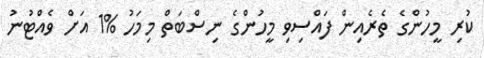
ކުރި މީހުންގެ ތެރެއިން ފައްސިވި މީހުންގެ ނިސްބަތް މިމަހު %1 އަށް ވެއްޓުނު